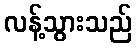
လန့်သွားသည်